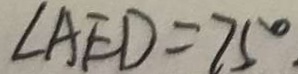
\angle A E D = 7 5 ^ { \circ } .